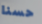
حسنا